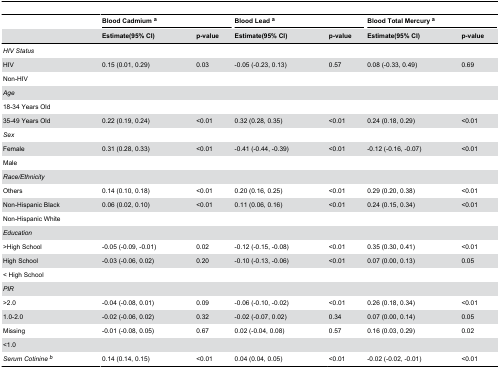
<table><thead><tr><td></td><td colspan="2"><b>Blood Cadmium <sup>a</sup></b></td><td colspan="2"><b>Blood Lead <sup>a</sup></b></td><td colspan="2"><b>Blood Total Mercury <sup>a</sup></b></td></tr><tr><td></td><td><b>Estimate(95% CI)</b></td><td><b>p-value</b></td><td><b>Estimate(95% CI)</b></td><td><b>p-value</b></td><td><b>Estimate(95% CI)</b></td><td><b>p-value</b></td></tr></thead><tbody><tr><td colspan="7"><i>HIV Status</i></td></tr><tr><td>HIV</td><td>0.15 (0.01, 0.29)</td><td>0.03</td><td>-0.05 (-0.23, 0.13)</td><td>0.57</td><td>0.08 (-0.33, 0.49)</td><td>0.69</td></tr><tr><td>Non-HIV</td><td></td><td></td><td></td><td></td><td></td><td></td></tr><tr><td colspan="7"><i>Age</i></td></tr><tr><td>18-34 Years Old</td><td></td><td></td><td></td><td></td><td></td><td></td></tr><tr><td>35-49 Years Old</td><td>0.22 (0.19, 0.24)</td><td>&lt;0.01</td><td>0.32 (0.28, 0.35)</td><td>&lt;0.01</td><td>0.24 (0.18, 0.29)</td><td>&lt;0.01</td></tr><tr><td colspan="7"><i>Sex</i></td></tr><tr><td>Female</td><td>0.31 (0.28, 0.33)</td><td>&lt;0.01</td><td>-0.41 (-0.44, -0.39)</td><td>&lt;0.01</td><td>-0.12 (-0.16, -0.07)</td><td>&lt;0.01</td></tr><tr><td>Male</td><td></td><td></td><td></td><td></td><td></td><td></td></tr><tr><td colspan="7"><i>Race/Ethnicity</i></td></tr><tr><td>Others</td><td>0.14 (0.10, 0.18)</td><td>&lt;0.01</td><td>0.20 (0.16, 0.25)</td><td>&lt;0.01</td><td>0.29 (0.20, 0.38)</td><td>&lt;0.01</td></tr><tr><td>Non-Hispanic Black</td><td>0.06 (0.02, 0.10)</td><td>&lt;0.01</td><td>0.11 (0.06, 0.16)</td><td>&lt;0.01</td><td>0.24 (0.15, 0.34)</td><td>&lt;0.01</td></tr><tr><td>Non-Hispanic White</td><td></td><td></td><td></td><td></td><td></td><td></td></tr><tr><td colspan="7"><i>Education</i></td></tr><tr><td>&gt;High School</td><td>-0.05 (-0.09, -0.01)</td><td>0.02</td><td>-0.12 (-0.15, -0.08)</td><td>&lt;0.01</td><td>0.35 (0.30, 0.41)</td><td>&lt;0.01</td></tr><tr><td>High School</td><td>-0.03 (-0.06, 0.02)</td><td>0.20</td><td>-0.10 (-0.13, -0.06)</td><td>&lt;0.01</td><td>0.07 (0.00, 0.13)</td><td>0.05</td></tr><tr><td>&lt; High School</td><td></td><td></td><td></td><td></td><td></td><td></td></tr><tr><td colspan="7"><i>PIR</i></td></tr><tr><td>&gt;2.0</td><td>-0.04 (-0.08, 0.01)</td><td>0.09</td><td>-0.06 (-0.10, -0.02)</td><td>&lt;0.01</td><td>0.26 (0.18, 0.34)</td><td>&lt;0.01</td></tr><tr><td>1.0-2.0</td><td>-0.02 (-0.06, 0.02)</td><td>0.32</td><td>-0.02 (-0.07, 0.02)</td><td>0.34</td><td>0.07 (0.00, 0.14)</td><td>0.05</td></tr><tr><td>Missing</td><td>-0.01 (-0.08, 0.05)</td><td>0.67</td><td>0.02 (-0.04, 0.08)</td><td>0.57</td><td>0.16 (0.03, 0.29)</td><td>0.02</td></tr><tr><td>&lt;1.0</td><td></td><td></td><td></td><td></td><td></td><td></td></tr><tr><td><i>Serum Cotinine </i><sup><i>b</i></sup></td><td>0.14 (0.14, 0.15)</td><td>&lt;0.01</td><td>0.04 (0.04, 0.05)</td><td>&lt;0.01</td><td>-0.02 (-0.02, -0.01)</td><td>&lt;0.01</td></tr></tbody></table>